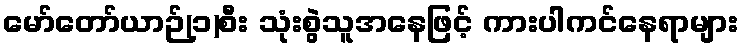
မော်တော်ယာဉ်(၁)စီး သုံးစွဲသူအနေဖြင့် ကားပါကင်နေရာများ